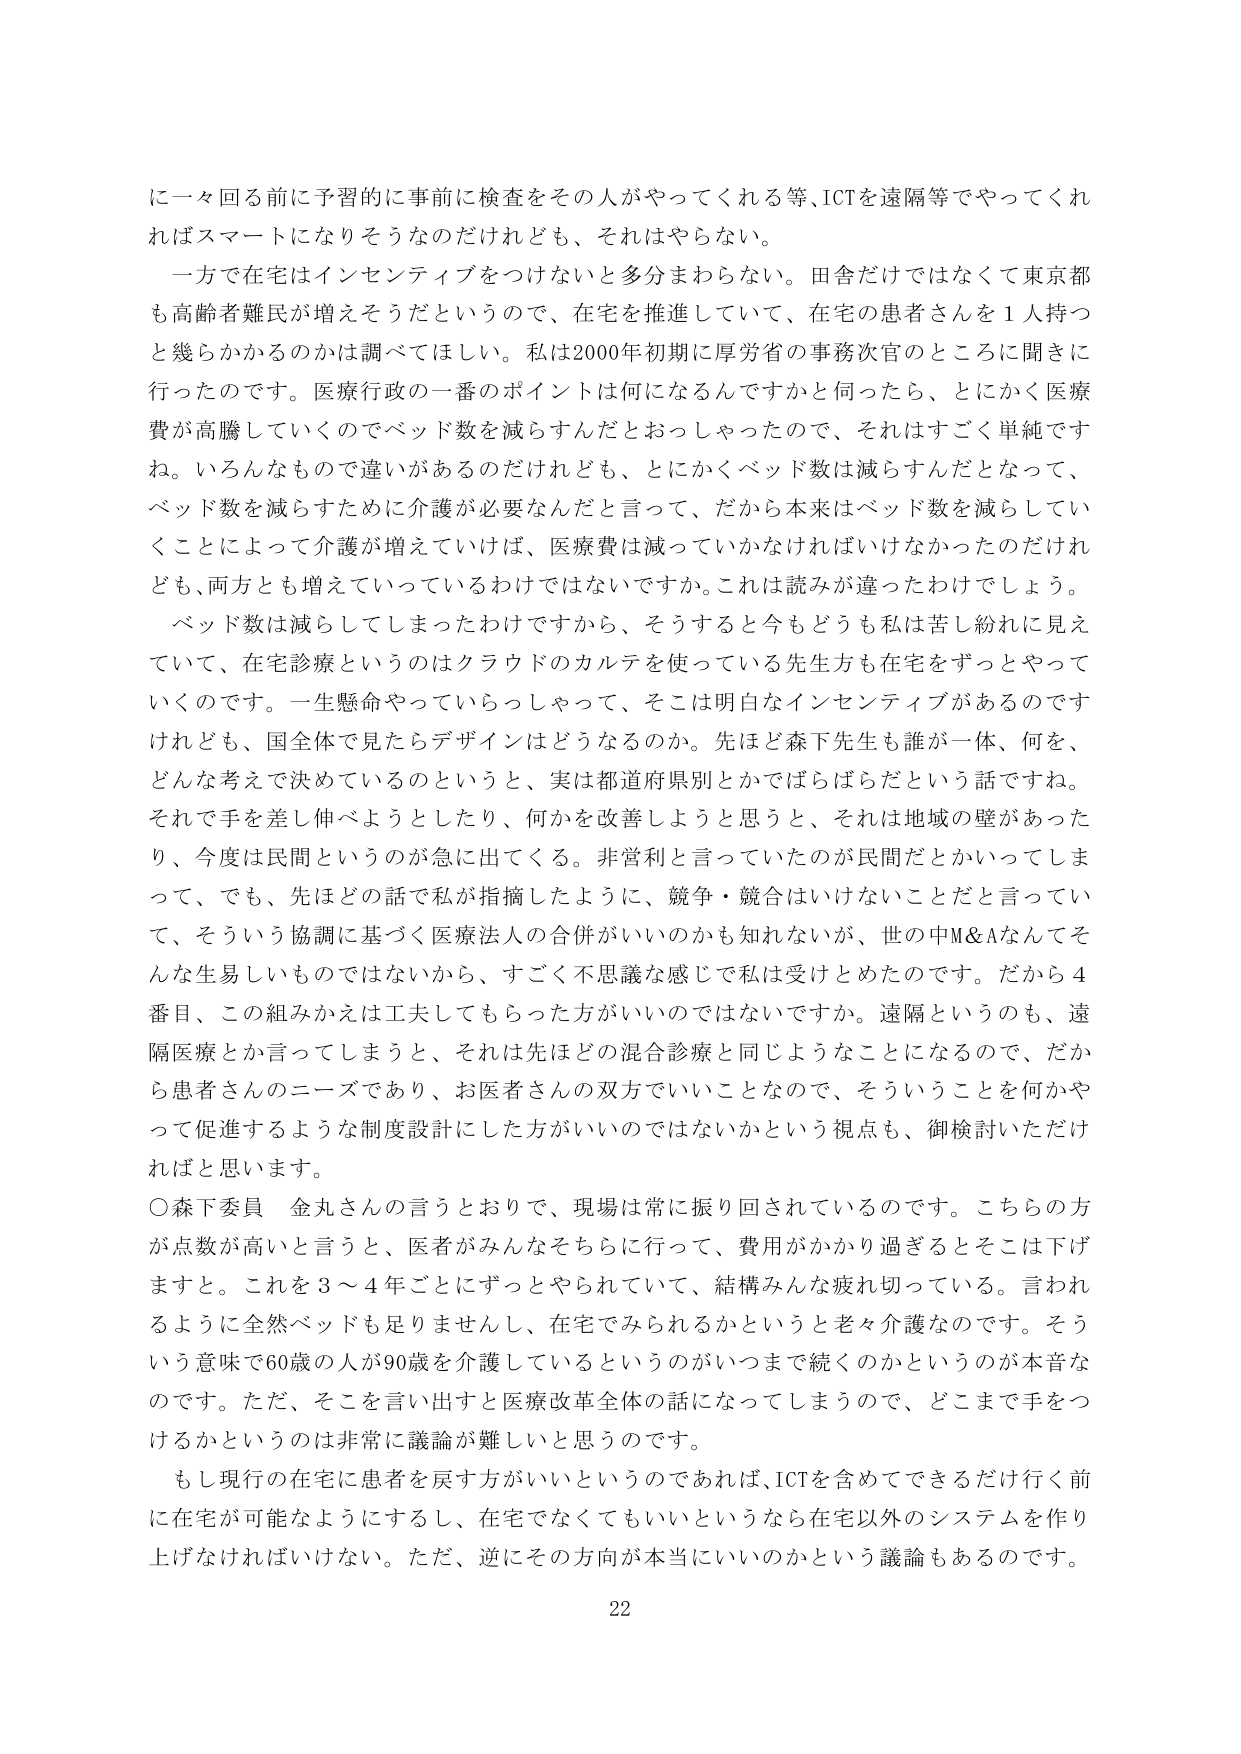
に一々回る前に予習的に事前に検査をその人がやってくれる等、ICTを遠隔等でやってくれればスマートになりそうなのだけれども、それはやらない。

一方で在宅はインセンティブをつけないと多分まわらない。田舎だけではなくて東京都も高齢者難民が増えそうだというので、在宅を推進していて、在宅の患者さんを1人持つと幾らかかるのかは調べてほしい。私は2000年初期に厚労省の事務次官のところに聞きに行ったのです。医療行政の一番のポイントは何になるんですかと伺ったら、とにかく医療費が高騰していくのでベッド数を減らすんだとおっしゃったので、それはすごく単純ですね。いろんなもので違いがあるのだけれども、とにかくベッド数は減らすんだとなって、ベッド数を減らすために介護が必要なんだと言って、だから本来はベッド数を減らしていくことによって介護が増えていけば、医療費は減っていかなければいけなかったのだけれども、両方とも増えていっているわけではないですか。これは読みが違ったわけでしょう。

ベッド数は減らしてしまったわけですから、そうすると今もどうも私は苦し紛れに見えていて、在宅診療というのはクラウドのカルテを使っている先生方も在宅をずっとやっていくのです。一生懸命やっていらっしゃって、そこは明白なインセンティブがあるのですけれども、国全体で見たらデザインはどうなるのか。先ほど森下先生も誰が一体、何を、どんな考えで決めているのというと、実は都道府県別とかでばらばらだという話ですね。それで手を差し伸べようとしたたり、何かを改善しようと思うと、それは地域の壁があったり、今度は民間というのが急に出てくる。非営利と言っていたのが民間だとかいってしまって、でも、先ほどの話で私が指摘したように、競争・競合はいけないことだと言っていて、そういう協調に基づく医療法人の合併がいいのかも知れないが、世の中M&Aなんてそんな生易しいものではないから、すごく不思議な感じで私は受けとめたのです。だから4番目、この組みかえは工夫してもらった方がいいのではないでしょうか。遠隔というのも、遠隔医療とか言ってしまうと、それは先ほどの混合診療と同じようなことになるので、だから患者さんのニーズであり、お医者さんの双方でいいことなので、そういうことを何かやって促進するような制度設計にした方がいいのではないかという視点も、御検討いただければと思います。

○森下委員 金丸さんの言うとおりで、現場は常に振り回されているのです。こちらの方が点数が高いと言うと、医者がみんなそちらに行って、費用がかかり過ぎるとそこは下げますと。これを3～4年ごとにずっとやられていて、結構みんな疲れ切っている。言われるように全然ベッドも足りませんし、在宅でみられるかというと老々介護なのです。そういう意味で60歳の人が90歳を介護しているというのがいつまで続くのかというのが本音なのです。ただ、そこを言い出すと医療改革全体の話になってしまうので、どこまで手をつけるかというのは非常に議論が難しいと思うのです。

もし現行の在宅に患者を戻す方がいいのであれば、ICTを含めてできるだけ行く前に在宅が可能ないようにするし、在宅でなくてもいいというなら在宅以外のシステムを作り上げなければならない。ただ、逆にその方向が本当にいいのかという議論もあるのです。

22